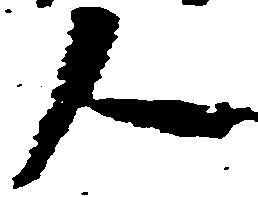
人